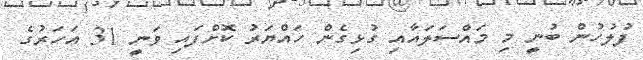
ފުލުހުން ބުނީ މި މައްސަލައާއި ގުޅިގެން ހައްޔަރު ކޮށްފައި ވަނީ 31 އަހަރުގެ